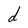
Character: d